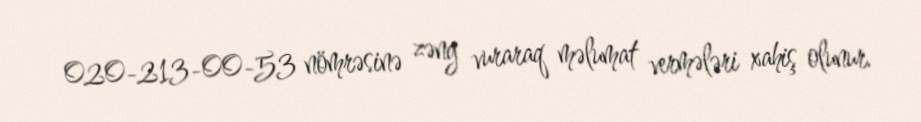
020-213-00-53 nömrəsinə zəng vuraraq məlumat vermələri xahiş olunur.